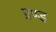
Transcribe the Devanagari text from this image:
ग्रण्ड